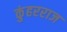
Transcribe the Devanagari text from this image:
कुंहरराज